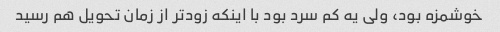
خوشمزه بود، ولی یه کم سرد بود با اینکه زودتر از زمان تحویل هم رسید